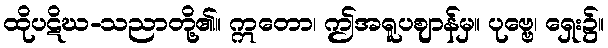
ထိုပဋိဃ-သညာတို့၏။ ဣတော၊ ဤအရူပဈာန်မှ။ ပုဗ္ဗေ၊ ရှေး၌။